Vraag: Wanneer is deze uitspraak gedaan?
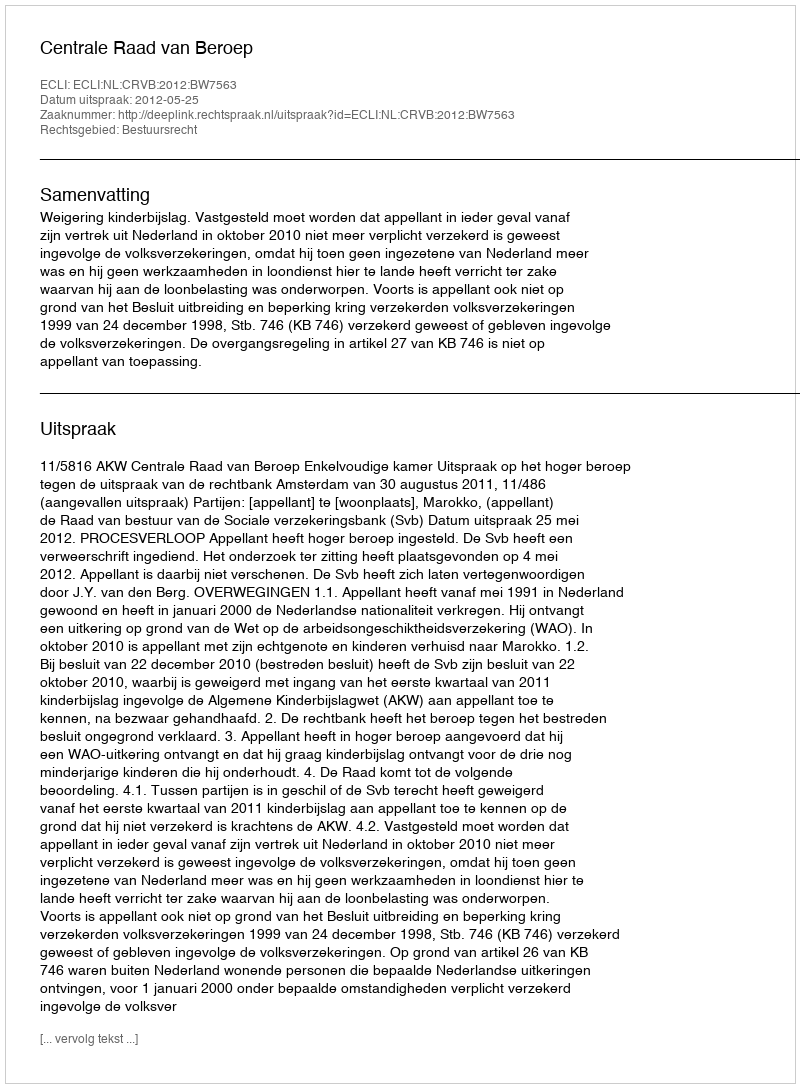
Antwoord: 2012-05-25